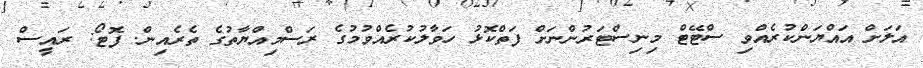
އަލަށް އައްޔަންކުރެއްވި ސްޓޭޓް މިނިސްޓަރުންނަށް ފަތްކޮޅު ހަވާލުކުރެއްވުމުގެ ރަސްމިއްޔާތުގެ ތެރެއިން. ފޮޓޯ: ރައީސް